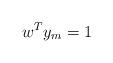
LaTeX: \begin{align*}w^{T}y_{m}=1 \end{align*}